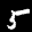
Label: 5